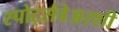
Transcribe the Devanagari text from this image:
स्पोर्ट्सवेअरशी